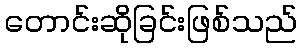
တောင်းဆိုခြင်းဖြစ်သည်